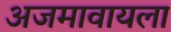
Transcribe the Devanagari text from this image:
अजमावायला